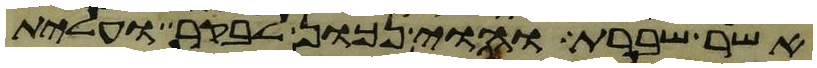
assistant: אשר שברת והוי נכון לבקר ועלית